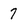
Character: 7